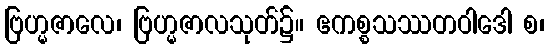
ဗြဟ္မဇာလေ၊ ဗြဟ္မဇာလသုတ်၌။ ဧကစ္စသဿတဝါဒေါ စ၊